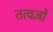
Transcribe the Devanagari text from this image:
तत्वज्ञों